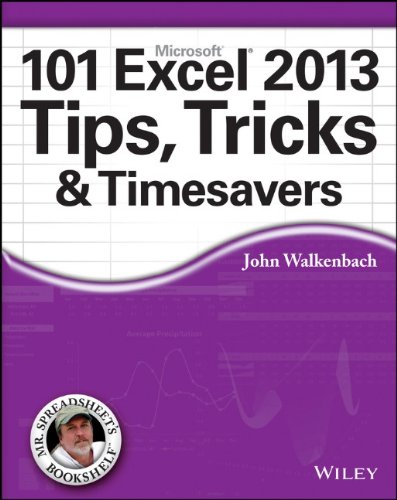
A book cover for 101 Excel 2013 Tips, Tricks and Timesavers; John Walkenbach; Computers & Technology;